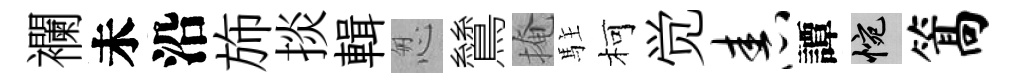
襴未沿斾掞輯怱鷥掩駐柯觉舂譚惋篙